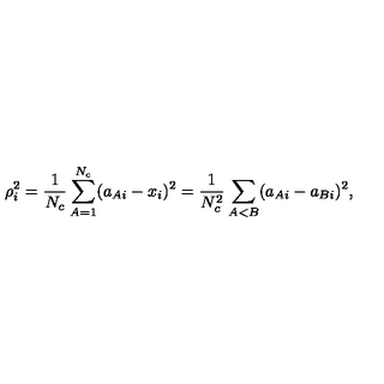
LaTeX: \rho _ { i } ^ { 2 } = \frac { 1 } { N _ { c } } \sum _ { A = 1 } ^ { N _ { c } } ( a _ { A i } - x _ { i } ) ^ { 2 } = \frac { 1 } { N _ { c } ^ { 2 } } \sum _ { A < B } ( a _ { A i } - a _ { B i } ) ^ { 2 } ,